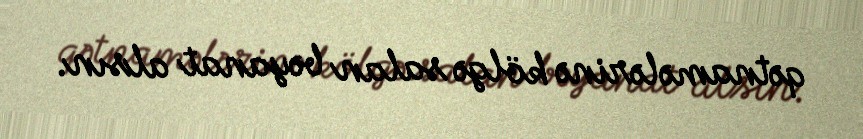
qətnamələrinə kölgə salan bəyanat alsın.